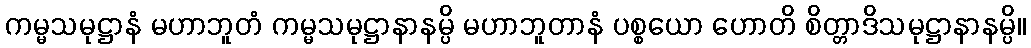
ကမ္မသမုဋ္ဌာနံ မဟာဘူတံ ကမ္မသမုဋ္ဌာနာနမ္ပိ မဟာဘူတာနံ ပစ္စယော ဟောတိ စိတ္တာဒိသမုဋ္ဌာနာနမ္ပိ။